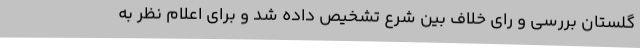
گلستان بررسی و رای خلاف بین شرع تشخیص داده شد و برای اعلام نظر به